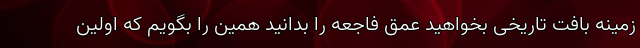
زمینه بافت تاریخی بخواهید عمق فاجعه را بدانید همین را بگویم که اولین